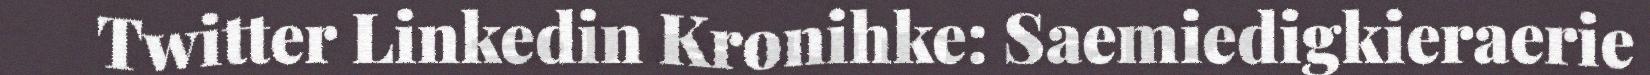
Twitter Linkedin Kronihke: Saemiedigkieraerie